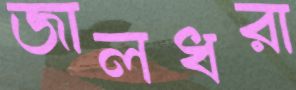
জালধরা